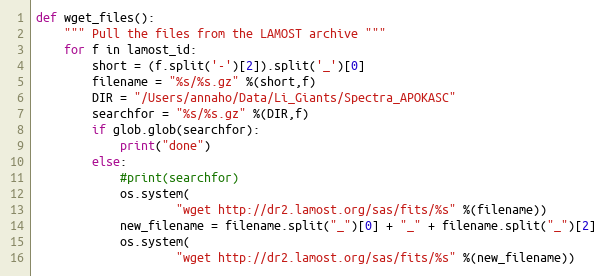
Language: Python
def wget_files():
    """ Pull the files from the LAMOST archive """
    for f in lamost_id:
        short = (f.split('-')[2]).split('_')[0]
        filename = "%s/%s.gz" %(short,f)
        DIR = "/Users/annaho/Data/Li_Giants/Spectra_APOKASC"
        searchfor = "%s/%s.gz" %(DIR,f)
        if glob.glob(searchfor):
            print("done")
        else:
            #print(searchfor)
            os.system(
                    "wget http://dr2.lamost.org/sas/fits/%s" %(filename))
            new_filename = filename.split("_")[0] + "_" + filename.split("_")[2]
            os.system(
                    "wget http://dr2.lamost.org/sas/fits/%s" %(new_filename))